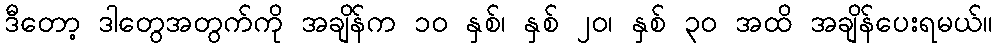
ဒီတော့ ဒါတွေအတွက်ကို အချိန်က ၁၀ နှစ်၊ နှစ် ၂၀၊ နှစ် ၃၀ အထိ အချိန်ပေးရမယ်။